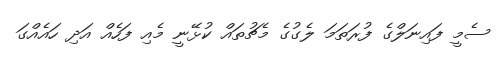
ސެމީ ފައިނަލްގެ ފުރަތަމަ ލެގުގެ މެޗުތައް ކުޅޭނީ މެއި ފަހެއް އަދި ހައެއްގަ